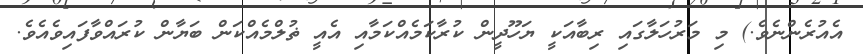
އެއުރެންނެވެ.) މި މަރުހަލާގައި ރިބާއަކީ ޔަހޫދީން ކުރާކަމެއްކަމާއި އެއީ ޡުލްމެއްކަން ބަޔާން ކުރައްވާފައިވެއެވެ.